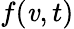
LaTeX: f(\mathit{v},t)